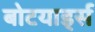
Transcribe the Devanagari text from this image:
बोटयार्ड्स